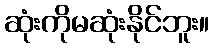
ဆုံးကိုမဆုံးနိုင်ဘူး။